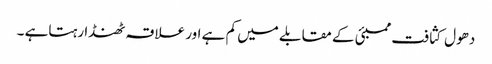
دھول کثافت ممبئی کے مقابلے میں کم ہے اور علاقہ ٹھنڈا رہتاہے ۔